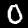
Digit: 0